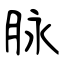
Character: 脉